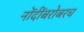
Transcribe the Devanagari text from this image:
नोंदींबरोबरच